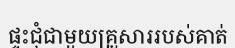
ផ្ទះជុំជាមួយគ្រួសាររបស់គាត់